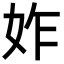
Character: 妰